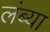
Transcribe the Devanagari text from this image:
लंब्या